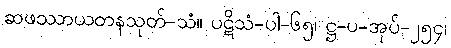
ဆဖဿာယတနသုတ်-သံ။ ပဋိသံ-ပါ-၆၅၊ ဋ္ဌ-ပ-အုပ်-၂၅၄၊